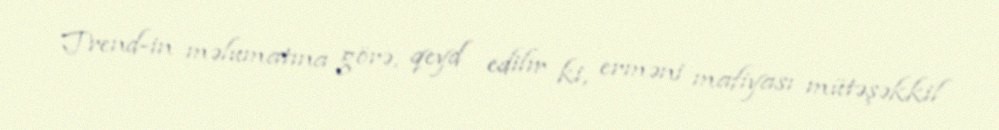
Trend-in məlumatına görə, qeyd edilir ki, erməni mafiyası mütəşəkkil